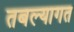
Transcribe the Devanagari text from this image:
तबल्यागत